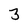
Character: 3